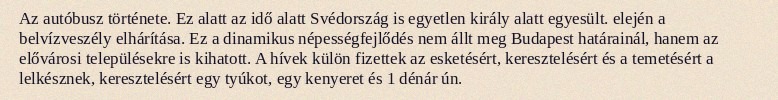
Az autóbusz története. Ez alatt az idő alatt Svédország is egyetlen király alatt egyesült. elején a belvízveszély elhárítása. Ez a dinamikus népességfejlődés nem állt meg Budapest határainál, hanem az elővárosi településekre is kihatott. A hívek külön fizettek az esketésért, keresztelésért és a temetésért a lelkésznek, keresztelésért egy tyúkot, egy kenyeret és 1 dénár ún.